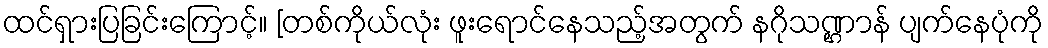
ထင်ရှားပြခြင်းကြောင့်။ [တစ်ကိုယ်လုံး ဖူးရောင်နေသည့်အတွက် နဂိုသဏ္ဌာန် ပျက်နေပုံကို